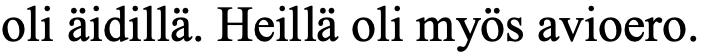
oli äidillä. Heillä oli myös avioero.